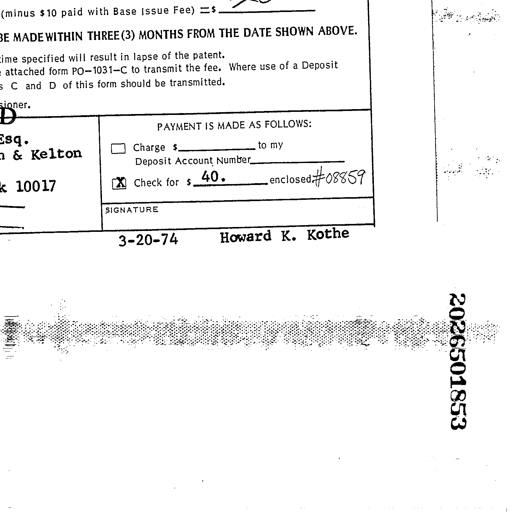
Transcript:
(minus $ 10 paid with Base Issue Fee) = $ 40
BE MADE WITHIN THREE (3) MONTHS FROM THE DATE SHOWN ABOVE.
time specified will result in lapse of the patent.
attached form PO-1031-C to transmit the fee. Where use of a Deposit
C and D of this form should be transmitted.
sioner,
Esq. PAYMENT IS MADE AS FOLLOWS:
& Kelton Charge $ to my
Deposit Account Number
10017 Check for $ 40. enclosed #08859
SIGNATURE
3-20-74 Howard K. Kothe
2026501853